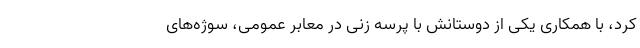
کرد، با همکاری یکی از دوستانش با پرسه زنی در معابر عمومی، سوژه‌های